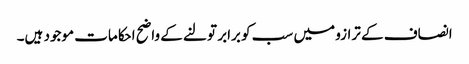
انصاف کے ترازو میں سب کو برابر تولنے کے واضح احکامات موجود ہیں۔